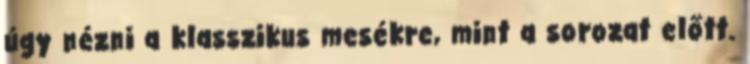
úgy nézni a klasszikus mesékre, mint a sorozat előtt.